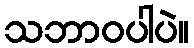
သဘာဝပါပဲ။